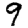
Digit: 9